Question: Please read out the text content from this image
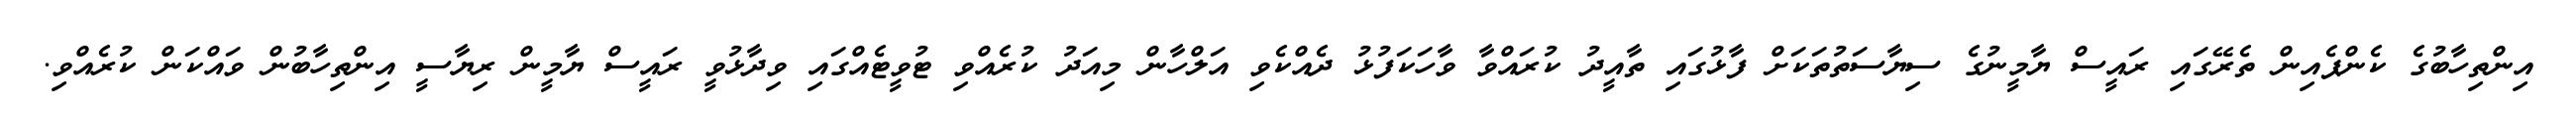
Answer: އިންތިހާބުގެ ކެންޕެއިން ތެރޭގައި ރައީސް ޔާމީނުގެ ސިޔާސަތުތަކަށް ފާޅުގައި ތާއީދު ކުރައްވާ ވާހަކަފުޅު ދެއްކެވި އަލްހާން މިއަދު ކުރެއްވި ޓުވީޓެއްގައި ވިދާޅުވީ ރައީސް ޔާމީން ރިޔާސީ އިންތިހާބުން ވައްކަން ކުރެއްވި.